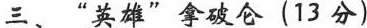
三、”英雄”拿破仑(13分)